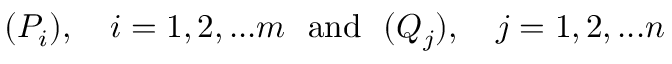
( P _ { i } ) , \quad i = 1 , 2 , . . . m \ \ { \mathrm { a n d } } \ \ ( Q _ { j } ) , \quad j = 1 , 2 , . . . n